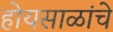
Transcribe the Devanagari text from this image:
होयसाळांचे